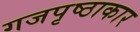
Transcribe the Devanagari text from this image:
गजपृष्ठाकार